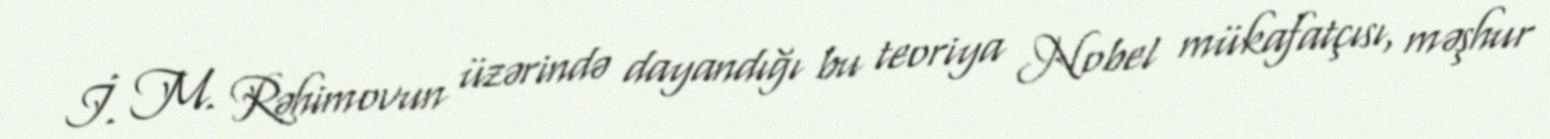
İ. M. Rəhimovun üzərində dayandığı bu teoriya Nobel mükafatçısı, məşhur